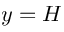
y = H